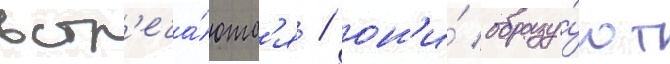
встр'еча́ютс'я / он'и́ образу́ют